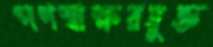
গণস্বাক্ষরযুক্ত